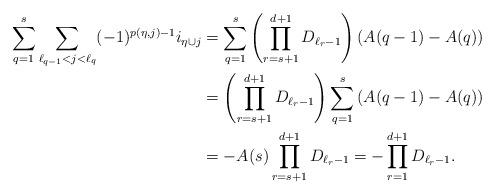
LaTeX: \begin{align*}\sum_{q=1}^{s}\sum_{ \ell_{q-1}<j < \ell_q}(-1)^{p(\eta,j)-1} i_{\eta \cup j}&= \sum_{q=1}^{s} \left(\prod_{r=s+1}^{d+1}{D_{\ell_{r}-1}}\right) \left(A(q-1)-A(q)\right)\\&=\left(\prod_{r=s+1}^{d+1}{D_{\ell_{r}-1}}\right) \sum_{q=1}^s \left(A(q-1)-A(q)\right)\\&=-A(s)\prod_{r=s+1}^{d+1}{D_{\ell_{r}-1}} =-\prod_{r=1}^{d+1}{D_{\ell_{r}-1}}.\end{align*}